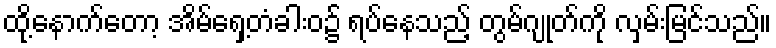
ထို့နောက်တော့ အိမ်ရှေ့တံခါးဝ၌ ရပ်နေသည့် တွမ်ဂျုတ်ကို လှမ်းမြင်သည်။